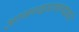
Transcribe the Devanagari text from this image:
आनन्दमानन्दकरं